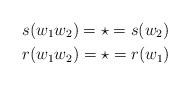
LaTeX: \begin{align*}&s(w_1w_2)= \star = s(w_2)\\&r(w_1w_2)= \star = r(w_1) \end{align*}